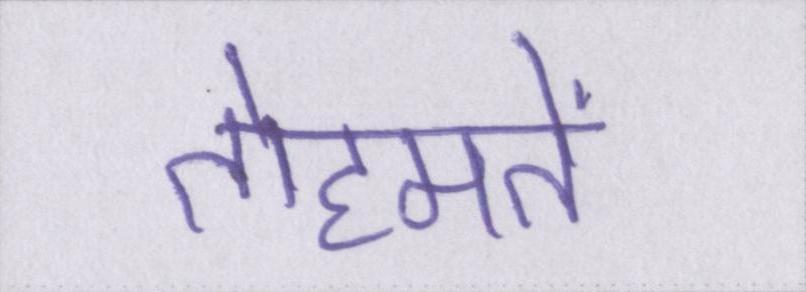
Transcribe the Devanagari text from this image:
तोहमतें